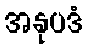
အနုပဒံ